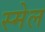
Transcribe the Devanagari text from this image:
स्मेल